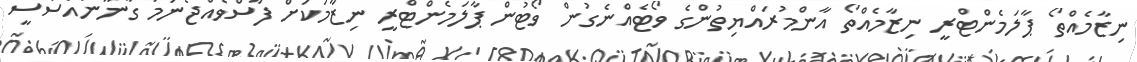
ނިޒާމެއްތޯ ޕާލަމެންޓްރީ ނިޒާމެއްތޯ އާންމުރައްޔިތުންގެ ވޯޓެއްނެގުން ވޯޓުން ޕާލަމެންޓްރީ ނިޒާމަކަށް ފާސްވެއްޖެނަމަ ގާނޫނުއަސަސީ